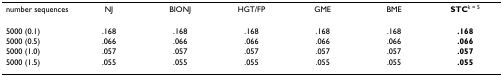
<table><thead><tr><td><b>number sequences</b></td><td><b>NJ</b></td><td><b>BIONJ</b></td><td><b>HGT/FP</b></td><td><b>GME</b></td><td><b>BME</b></td><td><b>STC<sup><i>k </i>= 5</sup></b></td></tr></thead><tbody><tr><td>5000 (0.1)</td><td>.168</td><td>.168</td><td>.168</td><td>.168</td><td>.168</td><td><b>.168</b></td></tr><tr><td>5000 (0.5)</td><td>.066</td><td>.066</td><td>.066</td><td>.066</td><td>.066</td><td><b>.066</b></td></tr><tr><td>5000 (1.0)</td><td>.057</td><td>.057</td><td>.057</td><td>.057</td><td>.057</td><td><b>.057</b></td></tr><tr><td>5000 (1.5)</td><td>.055</td><td>.055</td><td>.055</td><td>.055</td><td>.055</td><td><b>.055</b></td></tr></tbody></table>